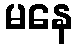
မနေ